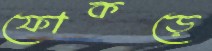
ফোকড়ে